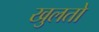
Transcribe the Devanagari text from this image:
खुलतो